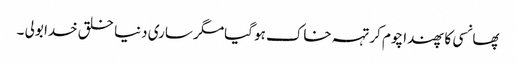
پھانسی کا پھندا چوم کر تہہ خاک ہو گیامگر ساری دنیا خلق خدا بولی ۔